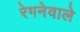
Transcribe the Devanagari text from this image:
रेगनेवाले